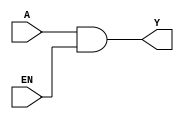
module GCLKINT (
	input A, EN,
	(* clkbuf_driver *)
	output Y
);
	assign Y = A & EN;
endmodule